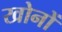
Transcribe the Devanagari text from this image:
खोनों